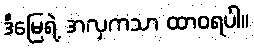
ဒီမြေရဲ့ အလှကသာ ထာဝရပါ။